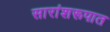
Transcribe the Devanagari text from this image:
सारांशरूपात